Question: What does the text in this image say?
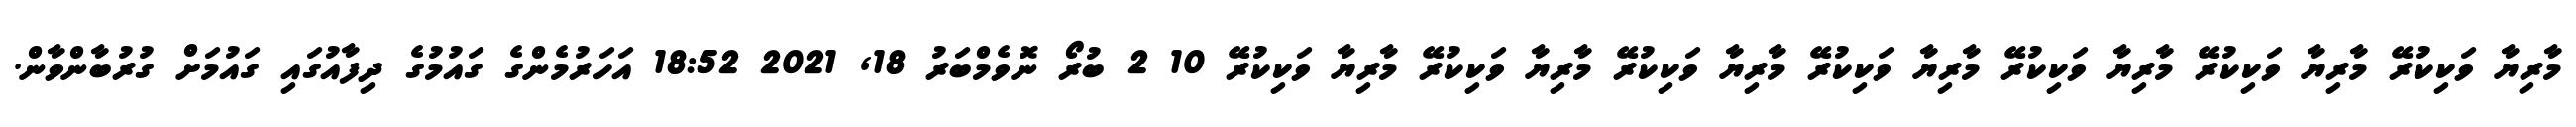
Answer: މާރިޔާ ވަކިކުރޭ މާރިޔާ ވަކިކުރޭ މާރިޔާ ވަކިކުރޭ މާރިޔާ ވަކިކުރޭ މާރިޔާ ވަކިކުރޭ މާރިޔާ ވަކިކުރޭ މާރިޔާ ވަކިކުރޭ 10 2 ބުރޯ ނޮވެމްބަރު 18, 2021 18:52 އަހަރުމެންގެ ގައުމުގެ ދިފާއުގައި ގައުމަށް ގުރުބާންވާން.